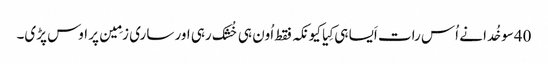
40سو خُدا نے اُس رات اَیسا ہی کِیا کیونکہ فقط اُون ہی خُشک رہی اور ساری زمِین پر اوس پڑی۔